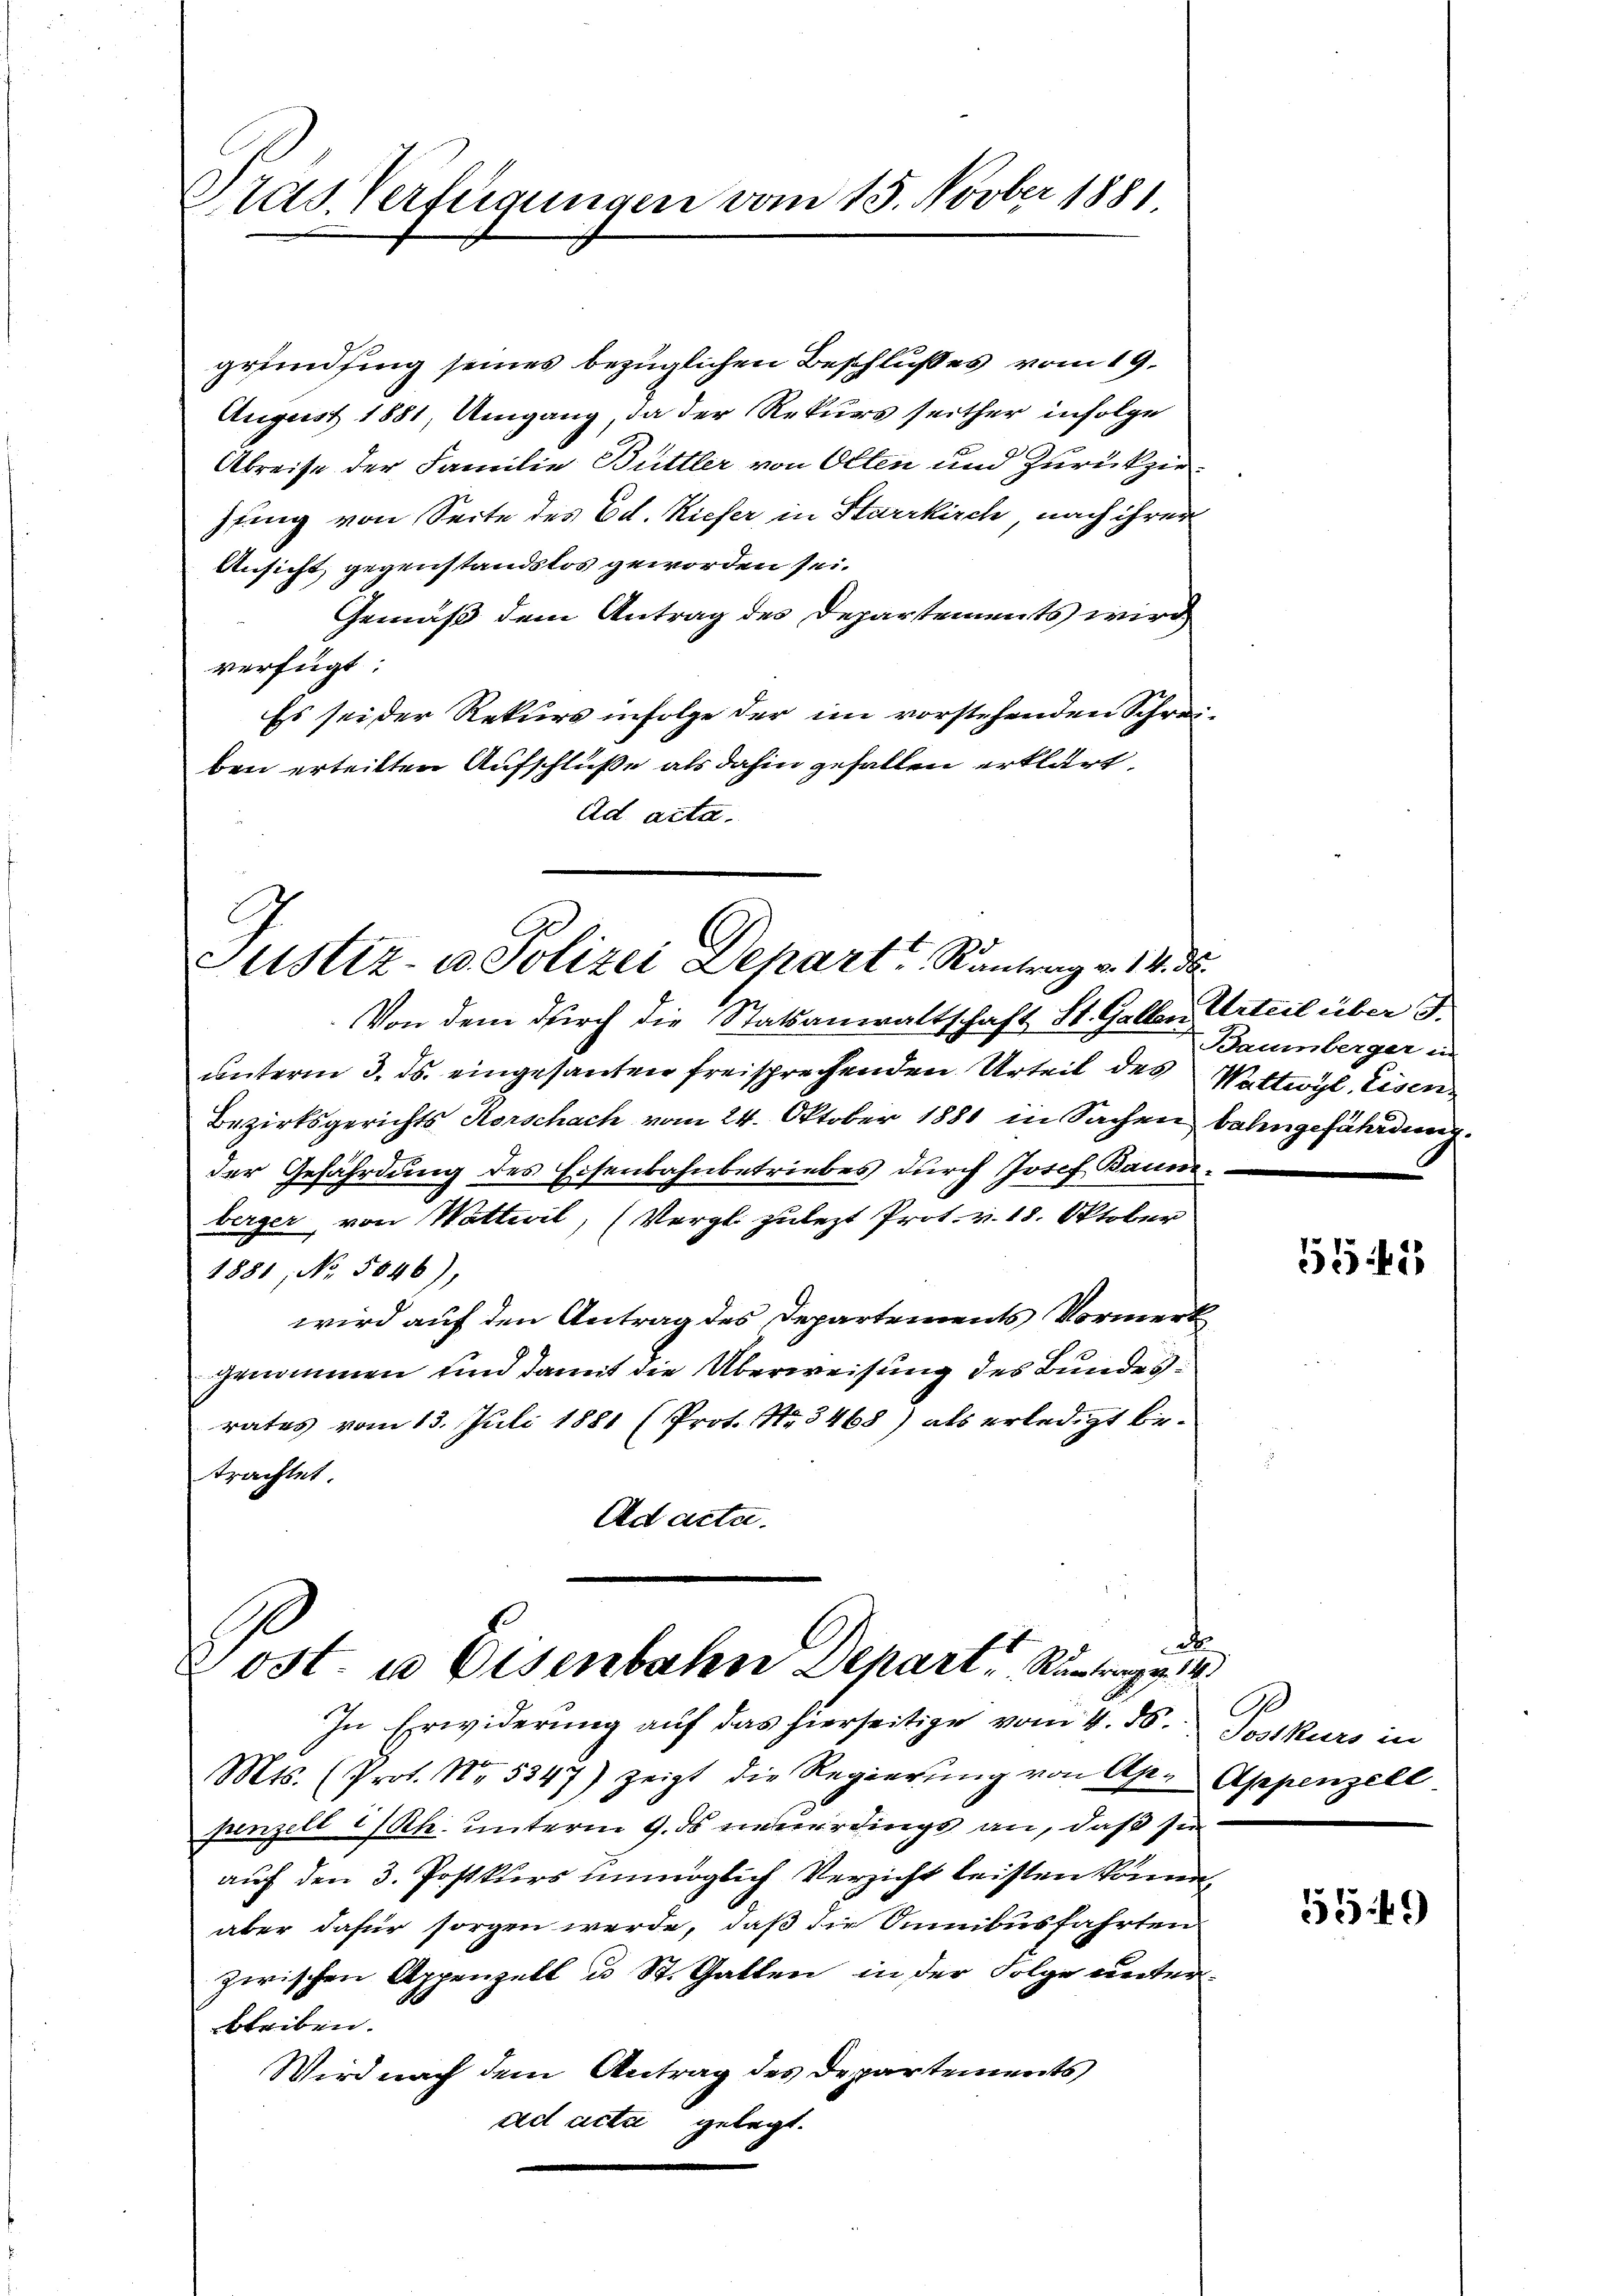
Pras. Verfügungen vom 15. Novber 1881

grundsing seines bezüglichen Beschlußes vom 19.
August 1881, Umgang, da der Rekurs seither infolge
Abreise der Familie Buttler von Olten und Zurückger¬
Pfing von Seite des Ed. Kiefer in Starrkirch nach ihrer
Ansicht, gegenstandstos geworden sei.
Gemäß dem Antrag des Departements wird
verfügt:
Es sei der Rekurs infolge der im vorstehenden Schrei-
ben erteilten Aufschluße als dahin gefallen erklärt,
ad acta.

Justiz- u. Polizei Depart? Kantrag v. 14. d.

Baumberger in

Von dem durch die Statsanwaltschaft St. Gallen Urteil über J.
unterm 3. ds. eingesanten freisprechenden Urteil des Wattwyl, Eisen¬
Bezirksgerichts Horschach vom 24. Oktober 1881 in Sachen bahngefährdung.
der Gefährdung des Eisenbahnbetriebes durch Josef Baumberger, von Wattwil, (Vergl. zulezt Prot. v. 18. Oktober
1881, No. 5846),
wird auf den Antrag des Departements Vormerk
genommen und damit die Überweisung des Bundesrates vom 13. Juli 1881 (Prot. No 3468) als erledigt betrachtet
Ad acta.
d
Lost. u. Eisenbahn Depart, Runtrag. 2
In Erwiderung auf das hierseitige vom 4. 86. Postkurs in
Mts. (Prot. No. 5347) zeigt die Regierŭng von Apr Appenzell
penzell I/Rh. unterm 9. ds neuerdings an, daß sie
auf den 3. Postkurs unmöglich Verzicht leisten könne,
aber dafür sorgen werde, daß die Sumibusfahrten
zwischen Appenzell u St. Gallen, in der Folge unterbleiben.
Wird nach dem Antrag des Departements
ad acte gelegt.

511

A

549